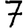
Digit: 7